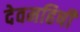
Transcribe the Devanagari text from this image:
देवमहिषी